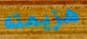
هزيمته